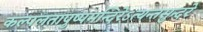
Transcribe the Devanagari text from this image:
कल्पलतापुष्पमन्दिरेऽत्यन्तसुन्दरे